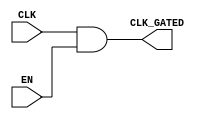
module static_clock_gating (
    input wire CLK,        // Primary clock signal
    input wire EN,         // Enable signal
    output wire CLK_GATED  // Gated clock signal
);

// Gating logic: AND gate for clock gating
assign CLK_GATED = CLK & EN;

endmodule